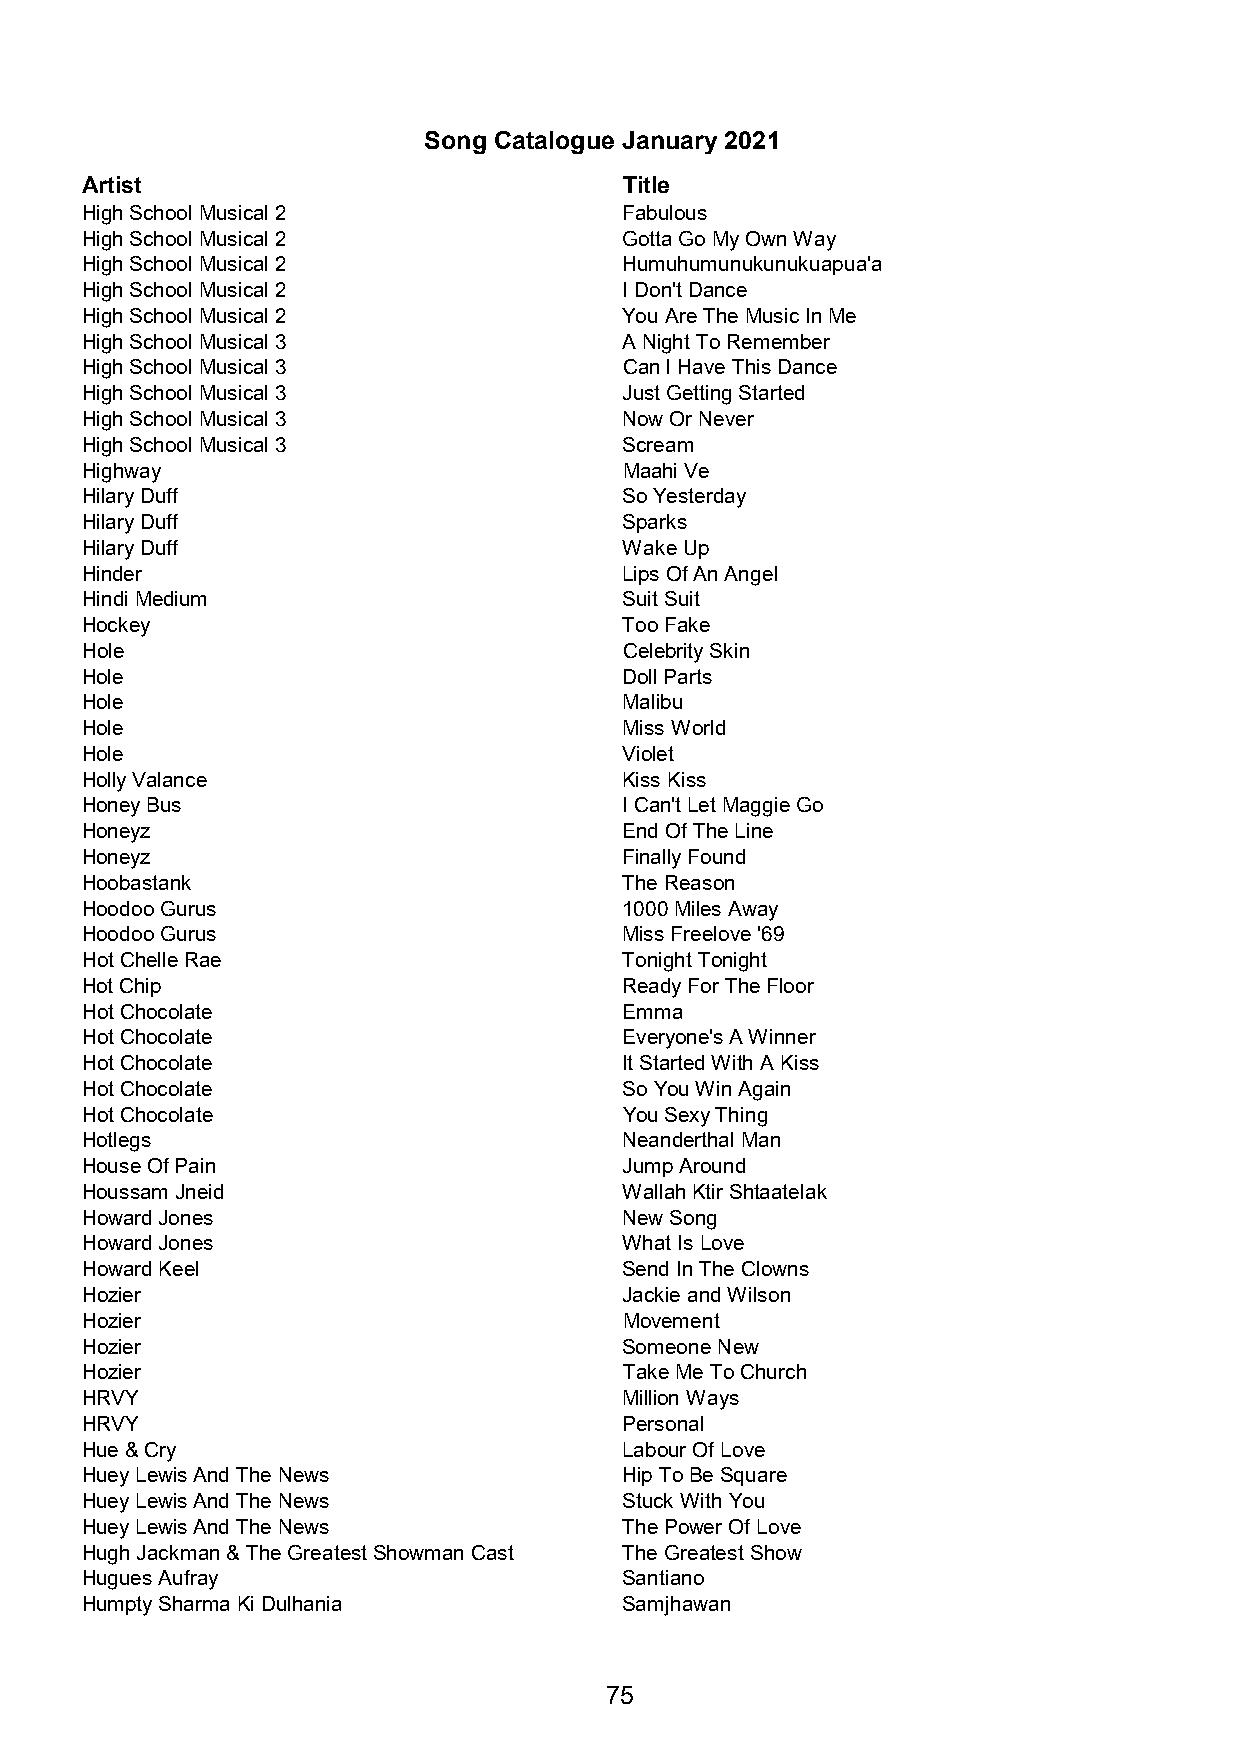
Song Catalogue January 2021
 Artist                              Title
 High School Musical 2               Fabulous
 High School Musical 2               Gotta Go My Own Way
 High School Musical 2               Humuhumunukunukuapua'a
 High School Musical 2               I Don't Dance
 High School Musical 2               You Are The Music In Me
 High School Musical 3               A Night To Remember
 High School Musical 3               Can I Have This Dance
 High School Musical 3               Just Getting Started
 High School Musical 3               Now Or Never
 High School Musical 3               Scream
 Highway                             Maahi Ve
 Hilary Duff                         So Yesterday
 Hilary Duff                         Sparks
 Hilary Duff                         Wake Up
 Hinder                              Lips Of An Angel
 Hindi Medium                        Suit Suit
 Hockey                              Too Fake
 Hole                                Celebrity Skin
 Hole                                Doll Parts
 Hole                                Malibu
 Hole                                Miss World
 Hole                                Violet
 Holly Valance                       Kiss Kiss
 Honey Bus                           I Can't Let Maggie Go
 Honeyz                              End Of The Line
 Honeyz                              Finally Found
 Hoobastank                          The Reason
 Hoodoo Gurus                        1000 Miles Away
 Hoodoo Gurus                        Miss Freelove '69
 Hot Chelle Rae                      Tonight Tonight
 Hot Chip                            Ready For The Floor
 Hot Chocolate                       Emma
 Hot Chocolate                       Everyone's A Winner
 Hot Chocolate                       It Started With A Kiss
 Hot Chocolate                       So You Win Again
 Hot Chocolate                       You Sexy Thing
 Hotlegs                             Neanderthal Man
 House Of Pain                       Jump Around
 Houssam Jneid                       Wallah Ktir Shtaatelak
 Howard Jones                        New Song
 Howard Jones                        What Is Love
 Howard Keel                         Send In The Clowns
 Hozier                              Jackie and Wilson
 Hozier                              Movement
 Hozier                              Someone New
 Hozier                              Take Me To Church
 HRVY                                Million Ways
 HRVY                                Personal
 Hue & Cry                           Labour Of Love
 Huey Lewis And The News             Hip To Be Square
 Huey Lewis And The News             Stuck With You
 Huey Lewis And The News             The Power Of Love
 Hugh Jackman & The Greatest Showman Cast The Greatest Show
 Hugues Aufray                       Santiano
 Humpty Sharma Ki Dulhania           Samjhawan
 75